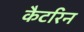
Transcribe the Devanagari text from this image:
कैटरिन